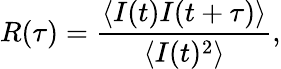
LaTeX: R(\tau)=\frac{\langle I(t)I(t+\tau)\rangle}{\langle I(t)^{2}\rangle},